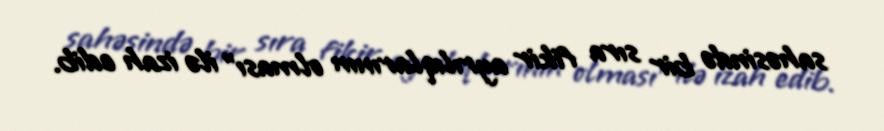
sahəsində bir sıra fikir ayrılıqlarının olması" ilə izah edib.